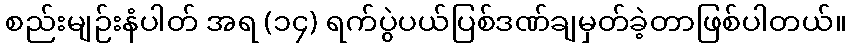
စည်းမျဉ်းနံပါတ် အရ (၁၄) ရက်ပွဲပယ်ပြစ်ဒဏ်ချမှတ်ခဲ့တာဖြစ်ပါတယ်။